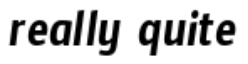
really quite